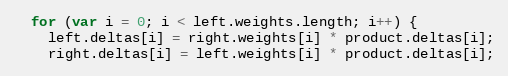
Language: JavaScript
  for (var i = 0; i < left.weights.length; i++) {
    left.deltas[i] = right.weights[i] * product.deltas[i];
    right.deltas[i] = left.weights[i] * product.deltas[i];